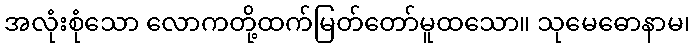
အလုံးစုံသော လောကတို့ထက်မြတ်တော်မူထသော။ သုမေဓောနာမ၊